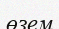
өзем